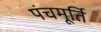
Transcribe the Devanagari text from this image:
पंचमूर्ति